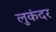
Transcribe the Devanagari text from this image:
लुकंदर